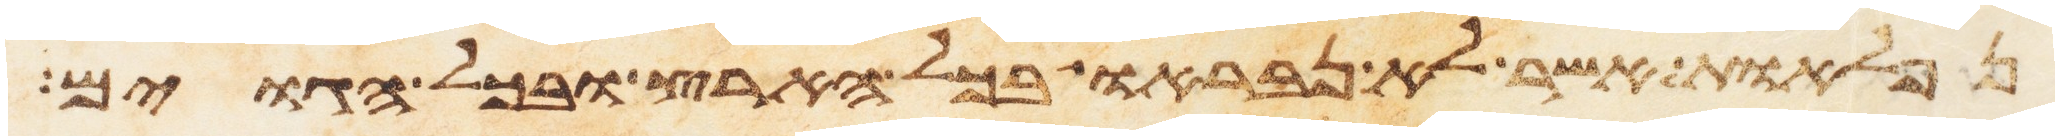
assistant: נפלאות אשר לא נבראו בכל הארץ ובכל הגוים